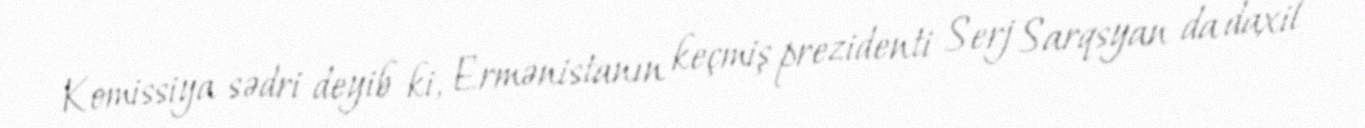
Komissiya sədri deyib ki, Ermənistanın keçmiş prezidenti Serj Sarqsyan da daxil